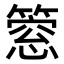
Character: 𥲡